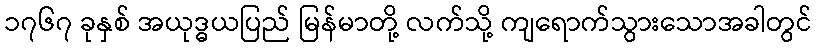
၁၇၆၇ ခုနှစ် အယုဒ္ဓယပြည် မြန်မာတို့ လက်သို့ ကျရောက်သွားသောအခါတွင်